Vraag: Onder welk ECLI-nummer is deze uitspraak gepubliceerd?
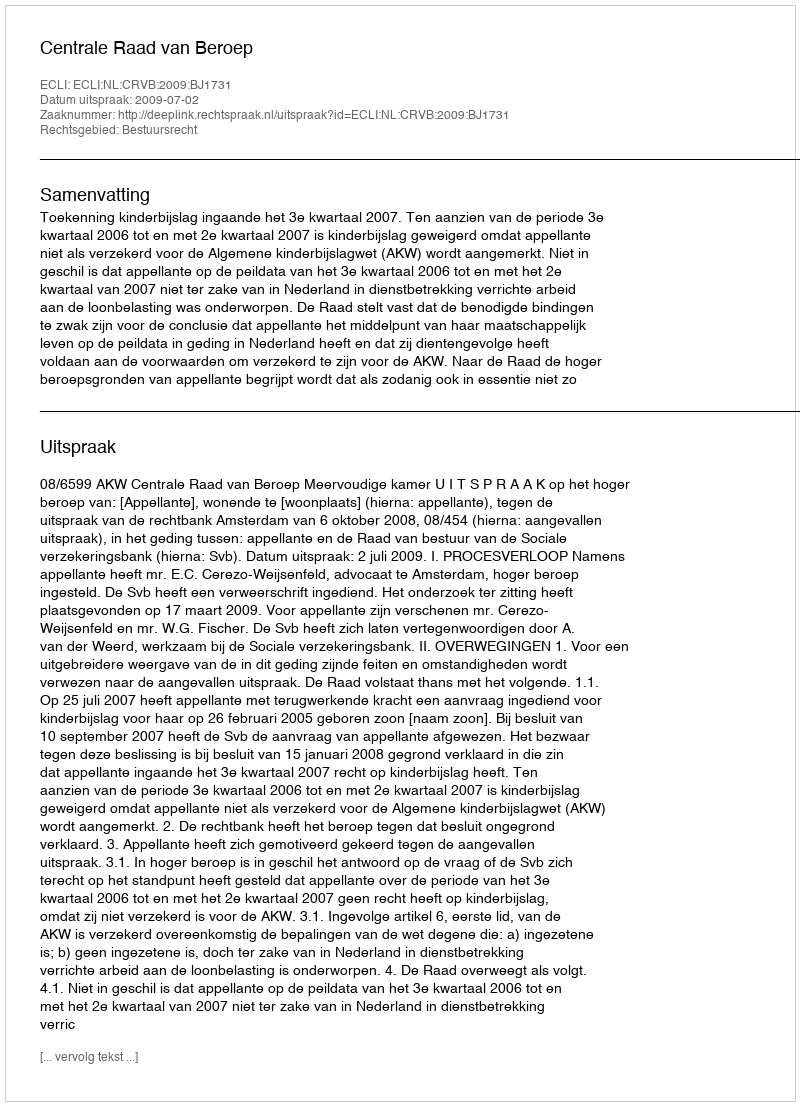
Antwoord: ECLI:NL:CRVB:2009:BJ1731